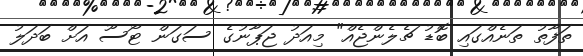
ތަފާތު ތަނެއްގައި ބޮޑު ޗެލެންޖެއް" މިއަދު ޖަޕާނުގެ ސަގަން ޓޯސޫ އަށް ބަދަލު